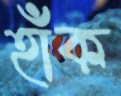
হাঁক